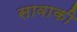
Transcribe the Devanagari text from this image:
सावाकी